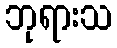
ဘုရားသ